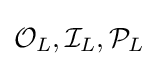
{\mathcal {O}}_{L},{\mathcal {I}}_{L},{\mathcal {P}}_{L}